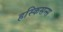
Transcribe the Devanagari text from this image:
हस्किसन्स